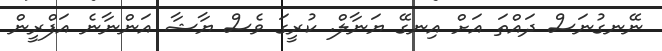
ނޭނގުނަސް ދައްތަ އަށް އިނގޭ ޔަނާލް. ކުރީގަ ވެސް ޔާޝާ އަންނާނެ އަފްރީން